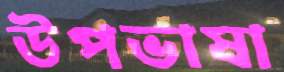
উপভাষা